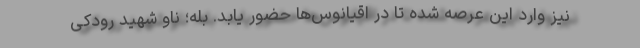
نیز وارد این عرصه شده تا در اقیانوس‌ها حضور یابد. بله؛ ناو شهید رودکی